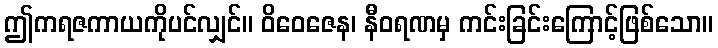
ဤကရဇကာယကိုပင်လျှင်။ ဝိဝေဇေန၊ နီဝရဏမှ ကင်းခြင်းကြောင့်ဖြစ်သော။